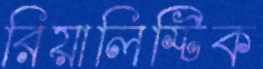
রিয়ালিস্টিক